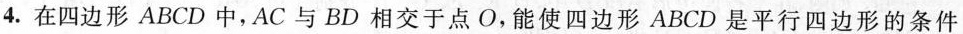
4.在四边形ABCD中，AC与BD相交于点O，能使四边形ABCD是平行四边形的条件